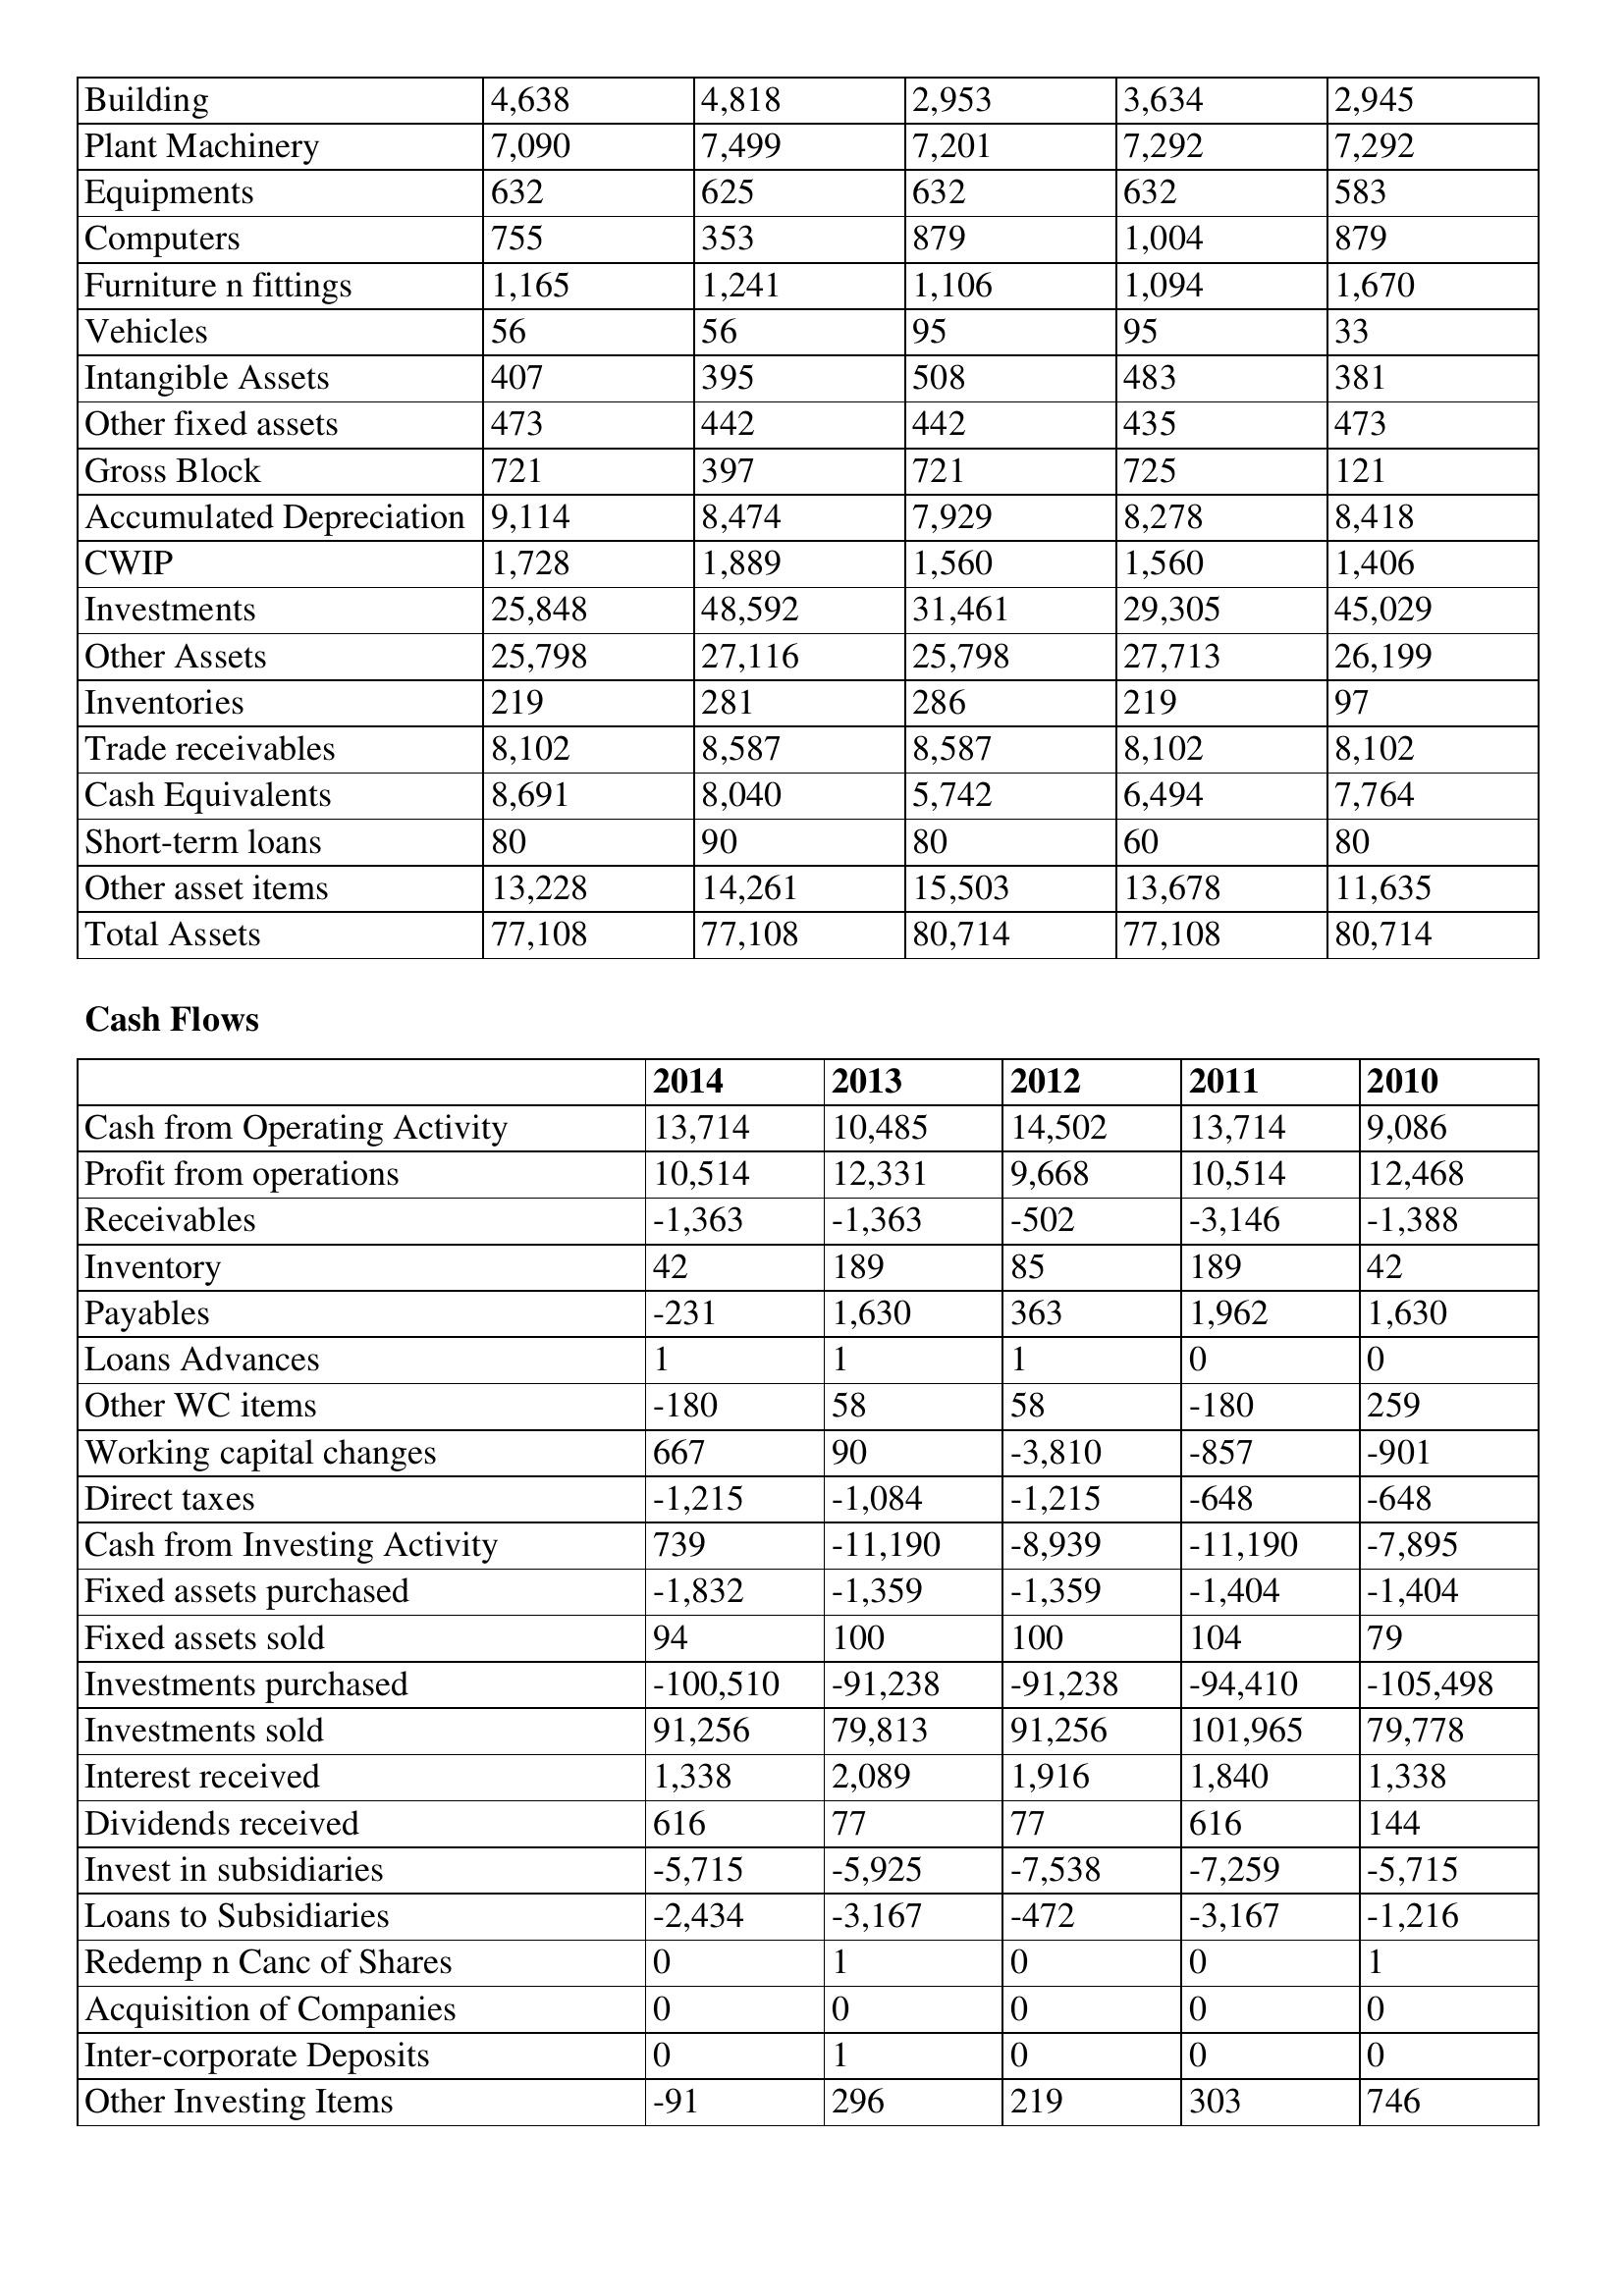
gt_parse: 2014: Balance Sheet: Building: 4,638
Plant Machinery: 7,090
Equipments: 632
Computers: 755
Furniture n fittings: 1,165
Vehicles: 56
Intangible Assets: 407
Other fixed assets: 473
Gross Block: 721
Accumulated Depreciation: 9,114
CWIP: 1,728
Investments: 25,848
Other Assets: 25,798
Inventories: 219
Trade receivables: 8,102
Cash Equivalents: 8,691
Short-term loans: 80
Other asset items: 13,228
Total Assets: 77,108
Cash Flows: Cash from Operating Activity: 13,714
Profit from operations: 10,514
Receivables: -1,363
Inventory: 42
Payables: -231
Loans Advances: 1
Other WC items: -180
Working capital changes: 667
Direct taxes: -1,215
Cash from Investing Activity: 739
Fixed assets purchased: -1,832
Fixed assets sold: 94
Investments purchased: -100,510
Investments sold: 91,256
Interest received: 1,338
Dividends received: 616
Invest in subsidiaries: -5,715
Loans to Subsidiaries: -2,434
Redemp n Canc of Shares: 0
Acquisition of Companies: 0
Inter-corporate Deposits: 0
Other Investing Items: -91
2013: Balance Sheet: Building: 4,818
Plant Machinery: 7,499
Equipments: 625
Computers: 353
Furniture n fittings: 1,241
Vehicles: 56
Intangible Assets: 395
Other fixed assets: 442
Gross Block: 397
Accumulated Depreciation: 8,474
CWIP: 1,889
Investments: 48,592
Other Assets: 27,116
Inventories: 281
Trade receivables: 8,587
Cash Equivalents: 8,040
Short-term loans: 90
Other asset items: 14,261
Total Assets: 77,108
Cash Flows: Cash from Operating Activity: 10,485
Profit from operations: 12,331
Receivables: -1,363
Inventory: 189
Payables: 1,630
Loans Advances: 1
Other WC items: 58
Working capital changes: 90
Direct taxes: -1,084
Cash from Investing Activity: -11,190
Fixed assets purchased: -1,359
Fixed assets sold: 100
Investments purchased: -91,238
Investments sold: 79,813
Interest received: 2,089
Dividends received: 77
Invest in subsidiaries: -5,925
Loans to Subsidiaries: -3,167
Redemp n Canc of Shares: 1
Acquisition of Companies: 0
Inter-corporate Deposits: 1
Other Investing Items: 296
2012: Balance Sheet: Building: 2,953
Plant Machinery: 7,201
Equipments: 632
Computers: 879
Furniture n fittings: 1,106
Vehicles: 95
Intangible Assets: 508
Other fixed assets: 442
Gross Block: 721
Accumulated Depreciation: 7,929
CWIP: 1,560
Investments: 31,461
Other Assets: 25,798
Inventories: 286
Trade receivables: 8,587
Cash Equivalents: 5,742
Short-term loans: 80
Other asset items: 15,503
Total Assets: 80,714
Cash Flows: Cash from Operating Activity: 14,502
Profit from operations: 9,668
Receivables: -502
Inventory: 85
Payables: 363
Loans Advances: 1
Other WC items: 58
Working capital changes: -3,810
Direct taxes: -1,215
Cash from Investing Activity: -8,939
Fixed assets purchased: -1,359
Fixed assets sold: 100
Investments purchased: -91,238
Investments sold: 91,256
Interest received: 1,916
Dividends received: 77
Invest in subsidiaries: -7,538
Loans to Subsidiaries: -472
Redemp n Canc of Shares: 0
Acquisition of Companies: 0
Inter-corporate Deposits: 0
Other Investing Items: 219
2011: Balance Sheet: Building: 3,634
Plant Machinery: 7,292
Equipments: 632
Computers: 1,004
Furniture n fittings: 1,094
Vehicles: 95
Intangible Assets: 483
Other fixed assets: 435
Gross Block: 725
Accumulated Depreciation: 8,278
CWIP: 1,560
Investments: 29,305
Other Assets: 27,713
Inventories: 219
Trade receivables: 8,102
Cash Equivalents: 6,494
Short-term loans: 60
Other asset items: 13,678
Total Assets: 77,108
Cash Flows: Cash from Operating Activity: 13,714
Profit from operations: 10,514
Receivables: -3,146
Inventory: 189
Payables: 1,962
Loans Advances: 0
Other WC items: -180
Working capital changes: -857
Direct taxes: -648
Cash from Investing Activity: -11,190
Fixed assets purchased: -1,404
Fixed assets sold: 104
Investments purchased: -94,410
Investments sold: 101,965
Interest received: 1,840
Dividends received: 616
Invest in subsidiaries: -7,259
Loans to Subsidiaries: -3,167
Redemp n Canc of Shares: 0
Acquisition of Companies: 0
Inter-corporate Deposits: 0
Other Investing Items: 303
2010: Balance Sheet: Building: 2,945
Plant Machinery: 7,292
Equipments: 583
Computers: 879
Furniture n fittings: 1,670
Vehicles: 33
Intangible Assets: 381
Other fixed assets: 473
Gross Block: 121
Accumulated Depreciation: 8,418
CWIP: 1,406
Investments: 45,029
Other Assets: 26,199
Inventories: 97
Trade receivables: 8,102
Cash Equivalents: 7,764
Short-term loans: 80
Other asset items: 11,635
Total Assets: 80,714
Cash Flows: Cash from Operating Activity: 9,086
Profit from operations: 12,468
Receivables: -1,388
Inventory: 42
Payables: 1,630
Loans Advances: 0
Other WC items: 259
Working capital changes: -901
Direct taxes: -648
Cash from Investing Activity: -7,895
Fixed assets purchased: -1,404
Fixed assets sold: 79
Investments purchased: -105,498
Investments sold: 79,778
Interest received: 1,338
Dividends received: 144
Invest in subsidiaries: -5,715
Loans to Subsidiaries: -1,216
Redemp n Canc of Shares: 1
Acquisition of Companies: 0
Inter-corporate Deposits: 0
Other Investing Items: 746